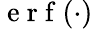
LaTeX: \mathrm{~e~r~f~}(\cdot)